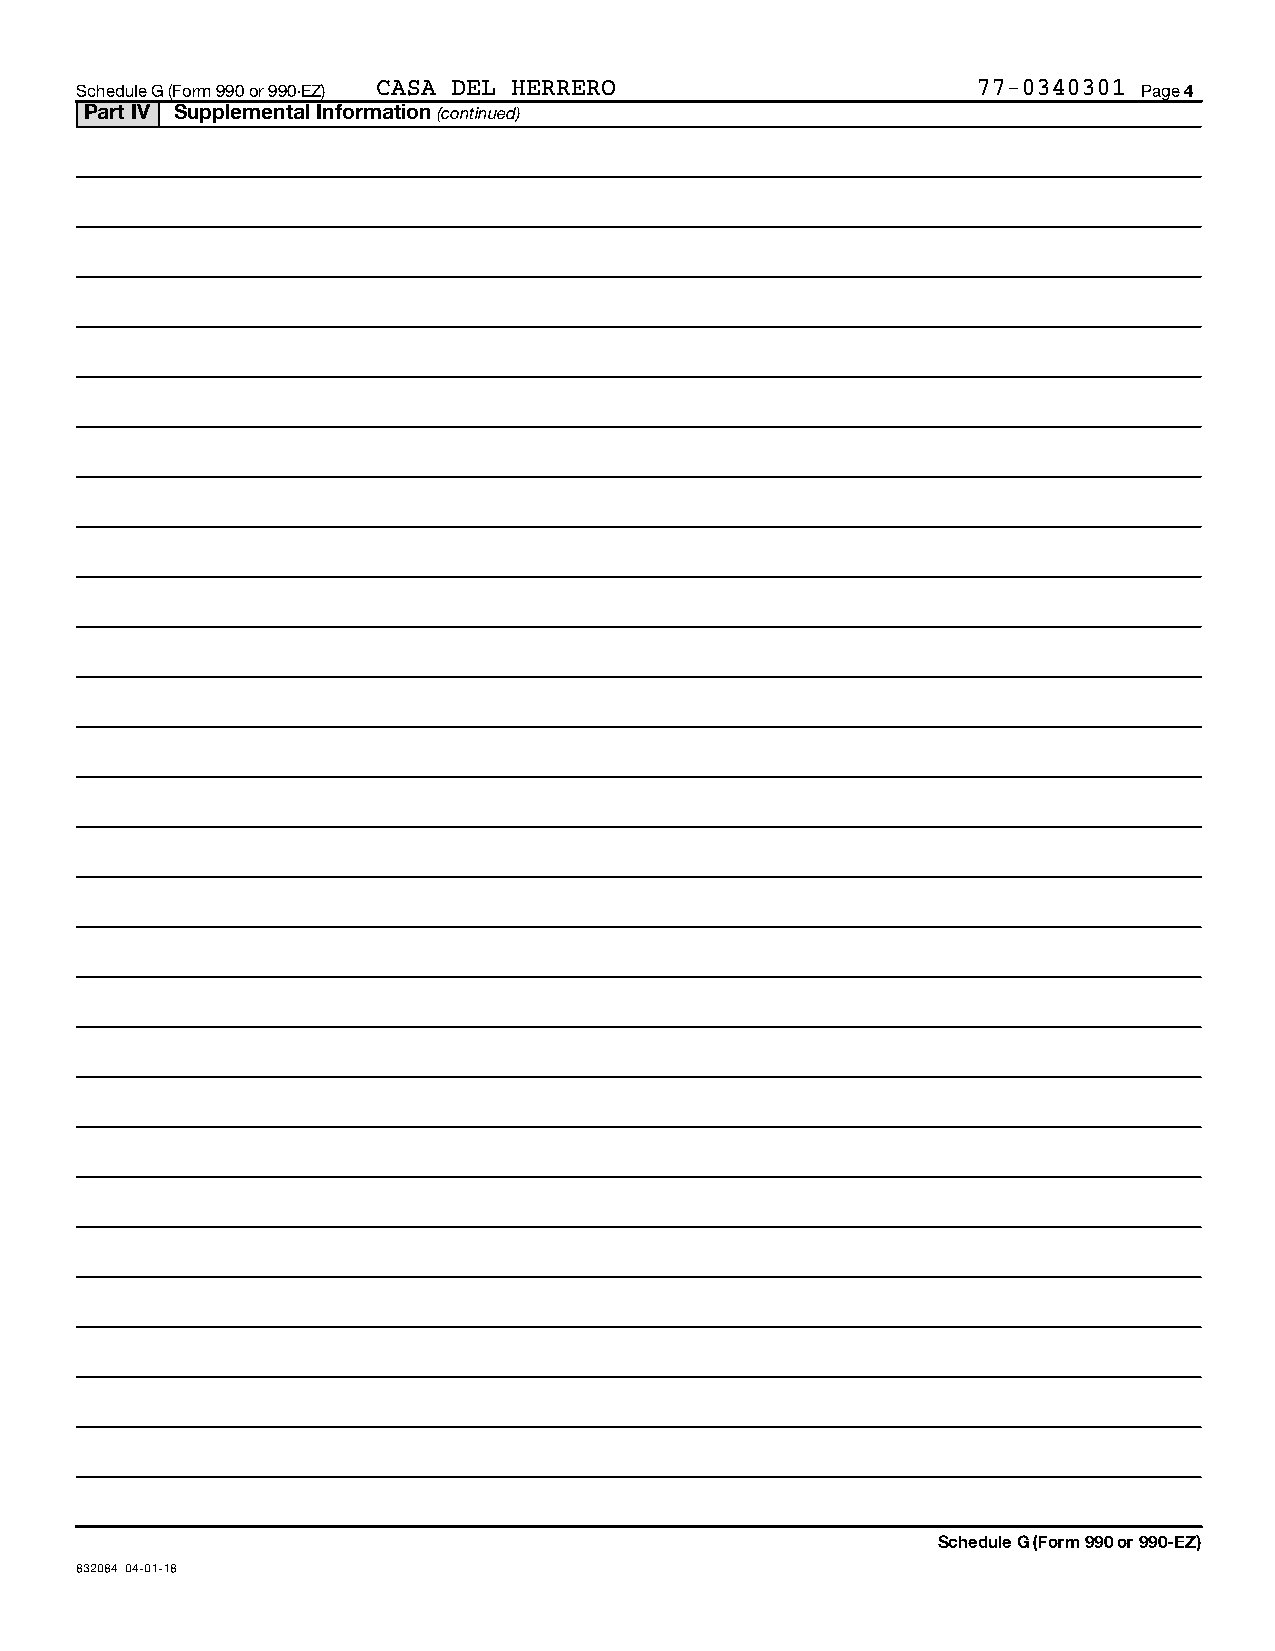
Schedule G (Form 990 or 990-EZ) CASA DEL HERRERO            77-0340301 Page 4
 Part IV Supplemental Information (continued)
 Schedule G (Form 990 or 990-EZ)
 832084 04-01-18